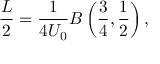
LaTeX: \frac { L } { 2 } = \frac { 1 } { 4 U _ { 0 } } B \left( \frac { 3 } { 4 } , \frac { 1 } { 2 } \right) ,